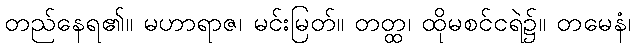
တည်နေရ၏။ မဟာရာဇ၊ မင်းမြတ်။ တတ္ထ၊ ထိုမစင်ငရဲ၌။ တမေနံ၊